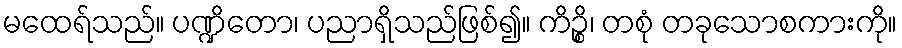
မထေရ်သည်။ ပဏ္ဍိတော၊ ပညာရှိသည်ဖြစ်၍။ ကိဉ္စိ၊ တစုံ တခုသောစကားကို။